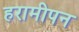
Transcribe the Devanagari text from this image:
हरामीपन